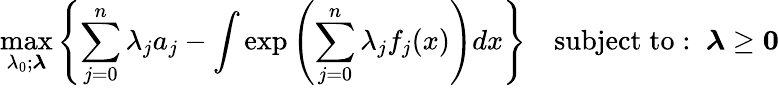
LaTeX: \operatorname*{max}_{\lambda_{0};{\boldsymbol{\lambda}}}\left\{ \sum_{j=0}^{n}\lambda_{j}a_{j}-\int\exp\left(\sum_{j=0}^{n}\lambda_{j}f_{j}(x)\right)dx\right\} \quad\mathrm{subject\; to:\; \; }{\boldsymbol{\lambda}}\geq\mathbf{0}